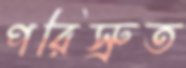
পরিস্রুত